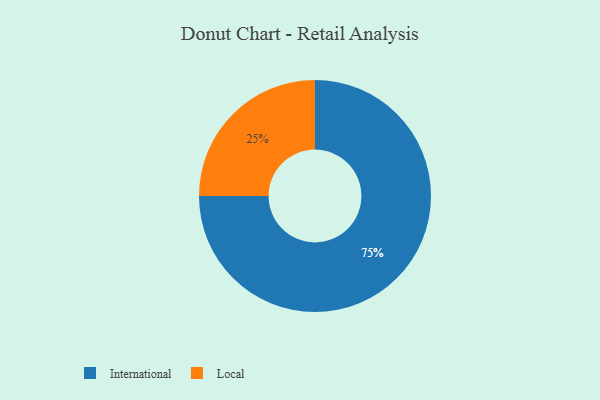
{"axis": {"x": "Category", "y": "Percentage"}, "legend": ["International", "Local"], "data": [{"x": "International", "y": 75, "type": "International"}, {"x": "Local", "y": 25, "type": "Local"}]}